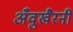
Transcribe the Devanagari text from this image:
अँवुखैरनी